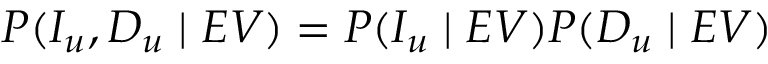
P ( I _ { u } , D _ { u } \mid E V ) = P ( I _ { u } \mid E V ) P ( D _ { u } \mid E V )